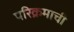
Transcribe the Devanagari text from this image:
परिक्रमाची